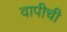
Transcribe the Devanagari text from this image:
वापीची